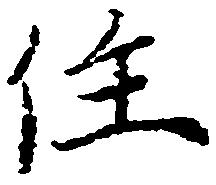
住